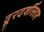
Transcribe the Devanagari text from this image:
दूरदर्शीसदृश